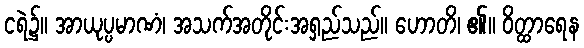
ငရဲ၌။ အာယုပ္ပမာဏံ၊ အသက်အတိုင်းအရှည်သည်။ ဟောတိ၊ ၏။ ဝိတ္ထာရေန